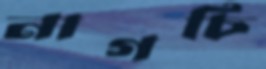
নাগচি